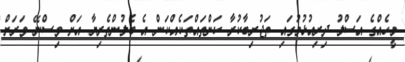
މީހެއްގެ އަސްލު ދިރިއުޅުމުގައި ތަޖުރިބާކުރާ ކަންތައްތަކެއްކަން އެ ބެލުންތެރިޔާ އަށް ވިސްނޭ ވަރަށް